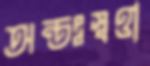
অন্তঃস্বত্তা